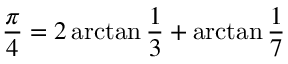
{ \frac { \pi } { 4 } } = 2 \arctan { \frac { 1 } { 3 } } + \arctan { \frac { 1 } { 7 } }